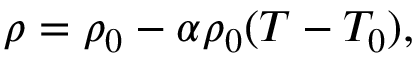
\rho = \rho _ { 0 } - \alpha \rho _ { 0 } ( T - T _ { 0 } ) ,